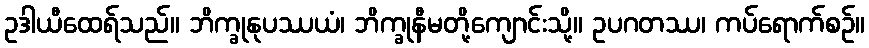
ဥဒါယီထေရ်သည်။ ဘိက္ခုနုပဿယံ၊ ဘိက္ခုနီမတို့ကျောင်းသို့။ ဥပဂတဿ၊ ကပ်ရောက်စဉ်။